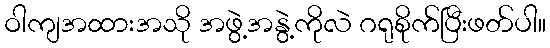
ဝါကျအထားအသို အဖွဲ့အနွဲ့ကိုလဲ ဂရုစိုက်ပြီးဖတ်ပါ။